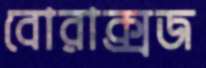
বোরাক্সজ